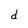
Character: d